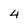
Character: 4